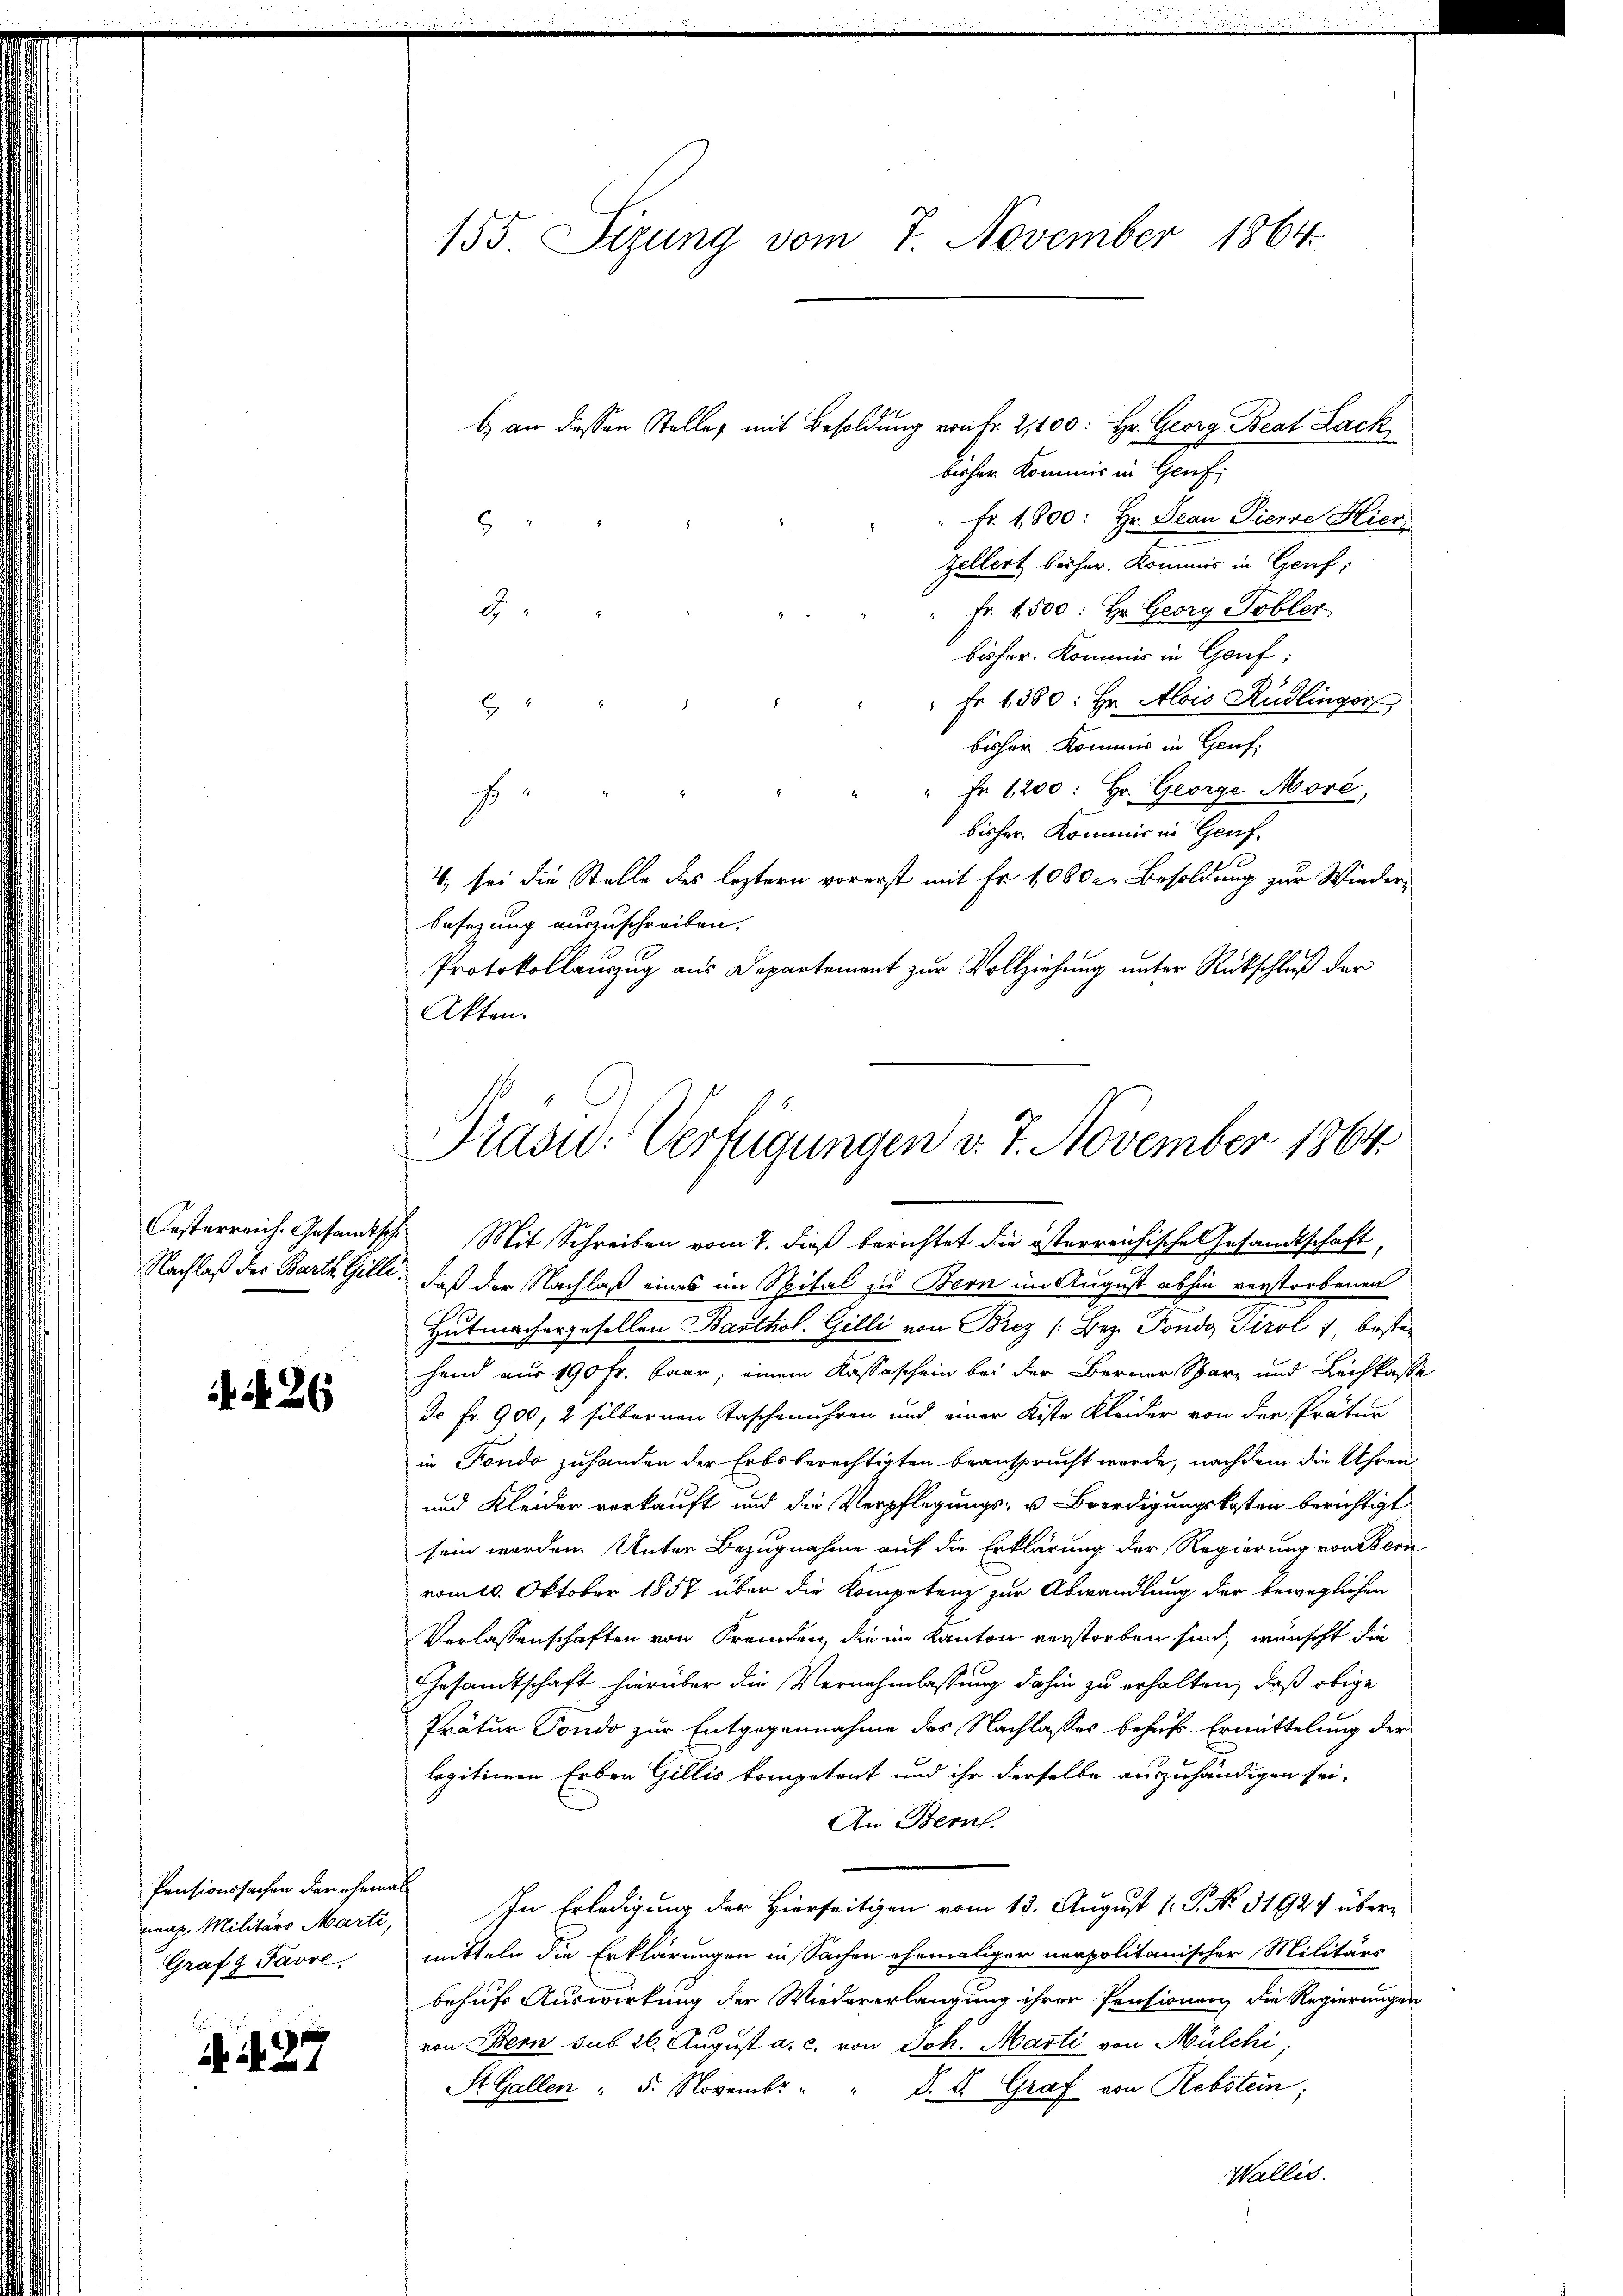
26

Pensionssachen der ehemal
mag. Militärs Marti,
Grafz Favre,

N. N. 27

b) an dessen Stelles mit Besoldung von Fr. 2,100: Hr. Georg Beat Lack
bisher Kommis in Genf;
" Fr. 1,800: Hr. Jean Pierre Hiers
8
Zellert beiher. Kommis in Genf,
Fr. 1500: Hr. Georg Tobler
2
bisher. Kommis in Genf;
" Fr. 1380: Hr. Alois Rüdlinger
E
bisher Kommis in Genf,
" Fr. 1200: Hr. George More,
E
bisher. Kommis in Genf
4, sei die Stelle des leztern vorerst mit Fr. 1080 c. Besoldung zur Wiederbesezung auszuschreiben.
Protokollauszug aus Departement zur Vollziehung unter Rückschluß der
Akten.

155 Sizung vom 7. November 1864.

Prasw. Verfügungen v. 7. November 1864.

Casterreich. Gesandtische Mit Schreiben vom 7. dieß berichtet die österreichische Gesandtschaft,
Nachlaß der Barth. Gilli, daß der Nachlaß eines im Spital zu Bern im August abhin verstorbenen
Hutmachergesellen Barthol. Gilli von Brez (Bez. Pondo Tirol 1, besten
hand aus 190 Fr. baar, einem Kassaschein bei der Berner Scharz und Leihkasse
Jc fr. 900, 2 silbernen Taschenuhren und einer Kiste Kleider von der Prätur
in Fondo zuhanden der Erbsberechtigten beansprucht werde, nachdem die Uhren
und Kleider verkauft und die Verpflegungs- u. Beerdigungskosten berichtigt
sein werden. Unter Bezugnahme auf die Erklärung der Regierung von Bern
vom 10. Oktober 1857 über die Kompetenz zur Abwandlung der beweglichen
Verlassenschaften von Fremden, die im Kanton verstorben such wünscht die
Gesamtschaft hierüber die Vernehmlassung dahin zu erhalten, daß obige
Prätur Tondo zur Entgegennahme des Nachlasses behufs Ermittelung der
legitimen Erben Gillis kompetent und ihr derselbe auszuhändigen sei,
An Bern.
In Erledigung der Hierseitigen vom 13. August [ P. No. 31927 übermitteln die Erklärungen in Sachen ehemaliger neapolitanischer Militärs
behufs Auswirkung der Wiedererlangung ihrer Pensionen die Regierungen
von Bern sub 26. August a. c. von Joh. Marti von Mülchi
St. Gallen " 5. Novembr
D. E. Graf von Rebstein;
Wallis.